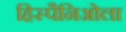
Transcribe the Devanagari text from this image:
हिस्पैनिओला